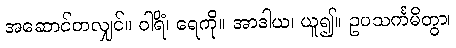
အဆောင်တလျှင်။ ဝါရိံ၊ ရေကို။ အာဒါယ၊ ယူ၍။ ဥပသင်္ကမိတွာ၊